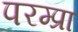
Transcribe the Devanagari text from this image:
परम्प्रा